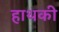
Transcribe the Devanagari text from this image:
हाथकी